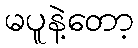
မပူနဲ့တော့